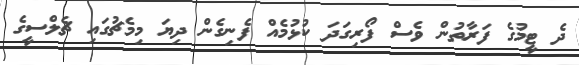
ދެ ޓީމުގެ ފަރާތުން ވެސް ފޯރިގަދަ ކުޅުމެއް ފެނިގެން ދިޔަ މިމެޗުގައި ޗެލްސީގެ